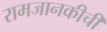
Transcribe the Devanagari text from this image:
रामजानकीची